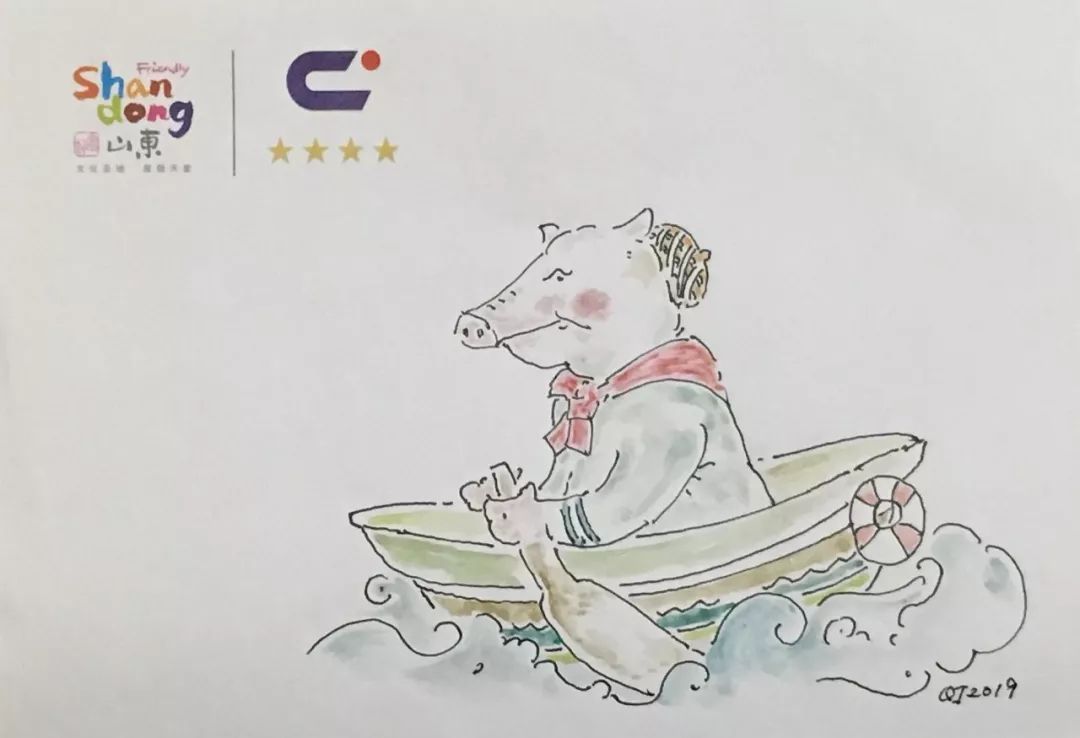
回看射雕处，千里暮云平。